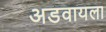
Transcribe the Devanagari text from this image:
अडवायला